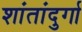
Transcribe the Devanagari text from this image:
शांतांदुर्गा